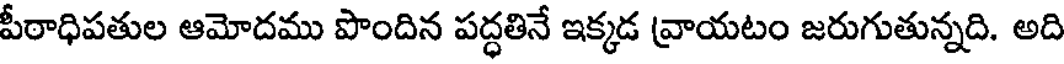
పీఠాధిపతుల ఆమోదము పొందిన పద్ధతినే ఇక్కడ వ్రాయటం జరుగుతున్నది. అది